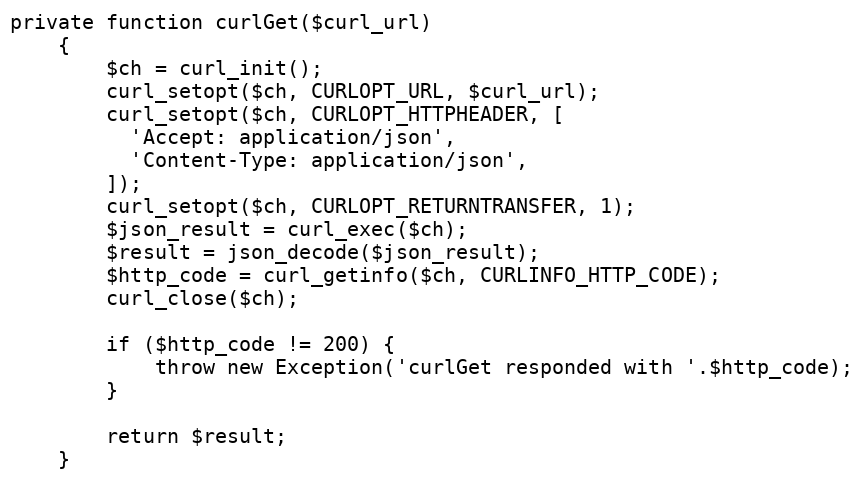
Language: PHP
private function curlGet($curl_url)
    {
        $ch = curl_init();
        curl_setopt($ch, CURLOPT_URL, $curl_url);
        curl_setopt($ch, CURLOPT_HTTPHEADER, [
          'Accept: application/json',
          'Content-Type: application/json',
        ]);
        curl_setopt($ch, CURLOPT_RETURNTRANSFER, 1);
        $json_result = curl_exec($ch);
        $result = json_decode($json_result);
        $http_code = curl_getinfo($ch, CURLINFO_HTTP_CODE);
        curl_close($ch);

        if ($http_code != 200) {
            throw new Exception('curlGet responded with '.$http_code);
        }

        return $result;
    }